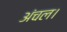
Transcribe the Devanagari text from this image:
अंचल।